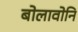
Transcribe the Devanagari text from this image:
बोलावोनि